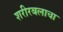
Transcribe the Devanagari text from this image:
शरीरबलाचा